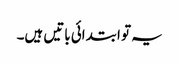
یہ تو ابتدائی باتیں ہیں۔